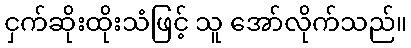
ငှက်ဆိုးထိုးသံဖြင့် သူ အော်လိုက်သည်။